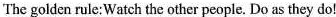
The golden rule:Watch the other people. Do as they do!